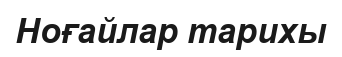
Ноғайлар тарихы